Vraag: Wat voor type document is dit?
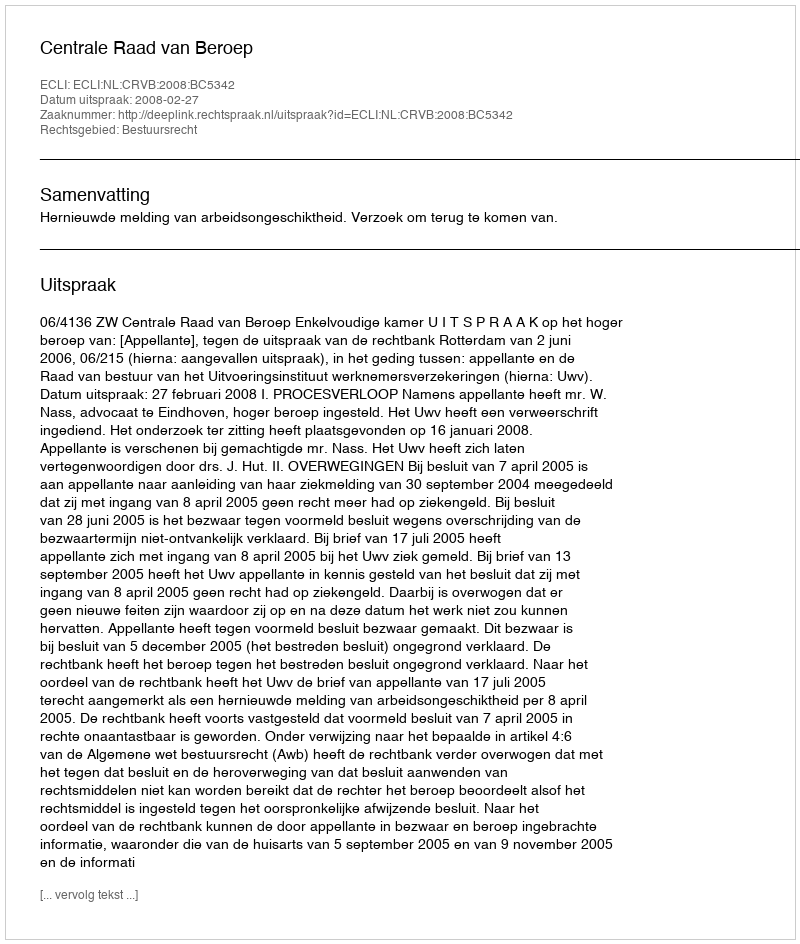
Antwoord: Uitspraak